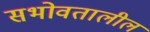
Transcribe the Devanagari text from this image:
सभोवतालील